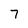
Character: 7